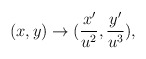
\begin{align*}(x,y) \rightarrow (\frac{x^{\prime}}{u^2}, \frac{y^{\prime}}{u^3}) , \end{align*}